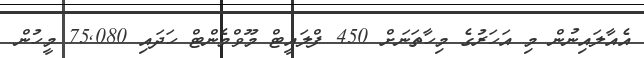
އެއާލައިނުން މި އަހަރުގެ މިހާތަނަށް 450 ފްލައީޓް މޫވްމެންޓް ހަދައި 75